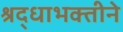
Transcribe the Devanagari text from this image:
श्रद्धाभक्तीने